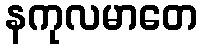
နကုလမာတေ